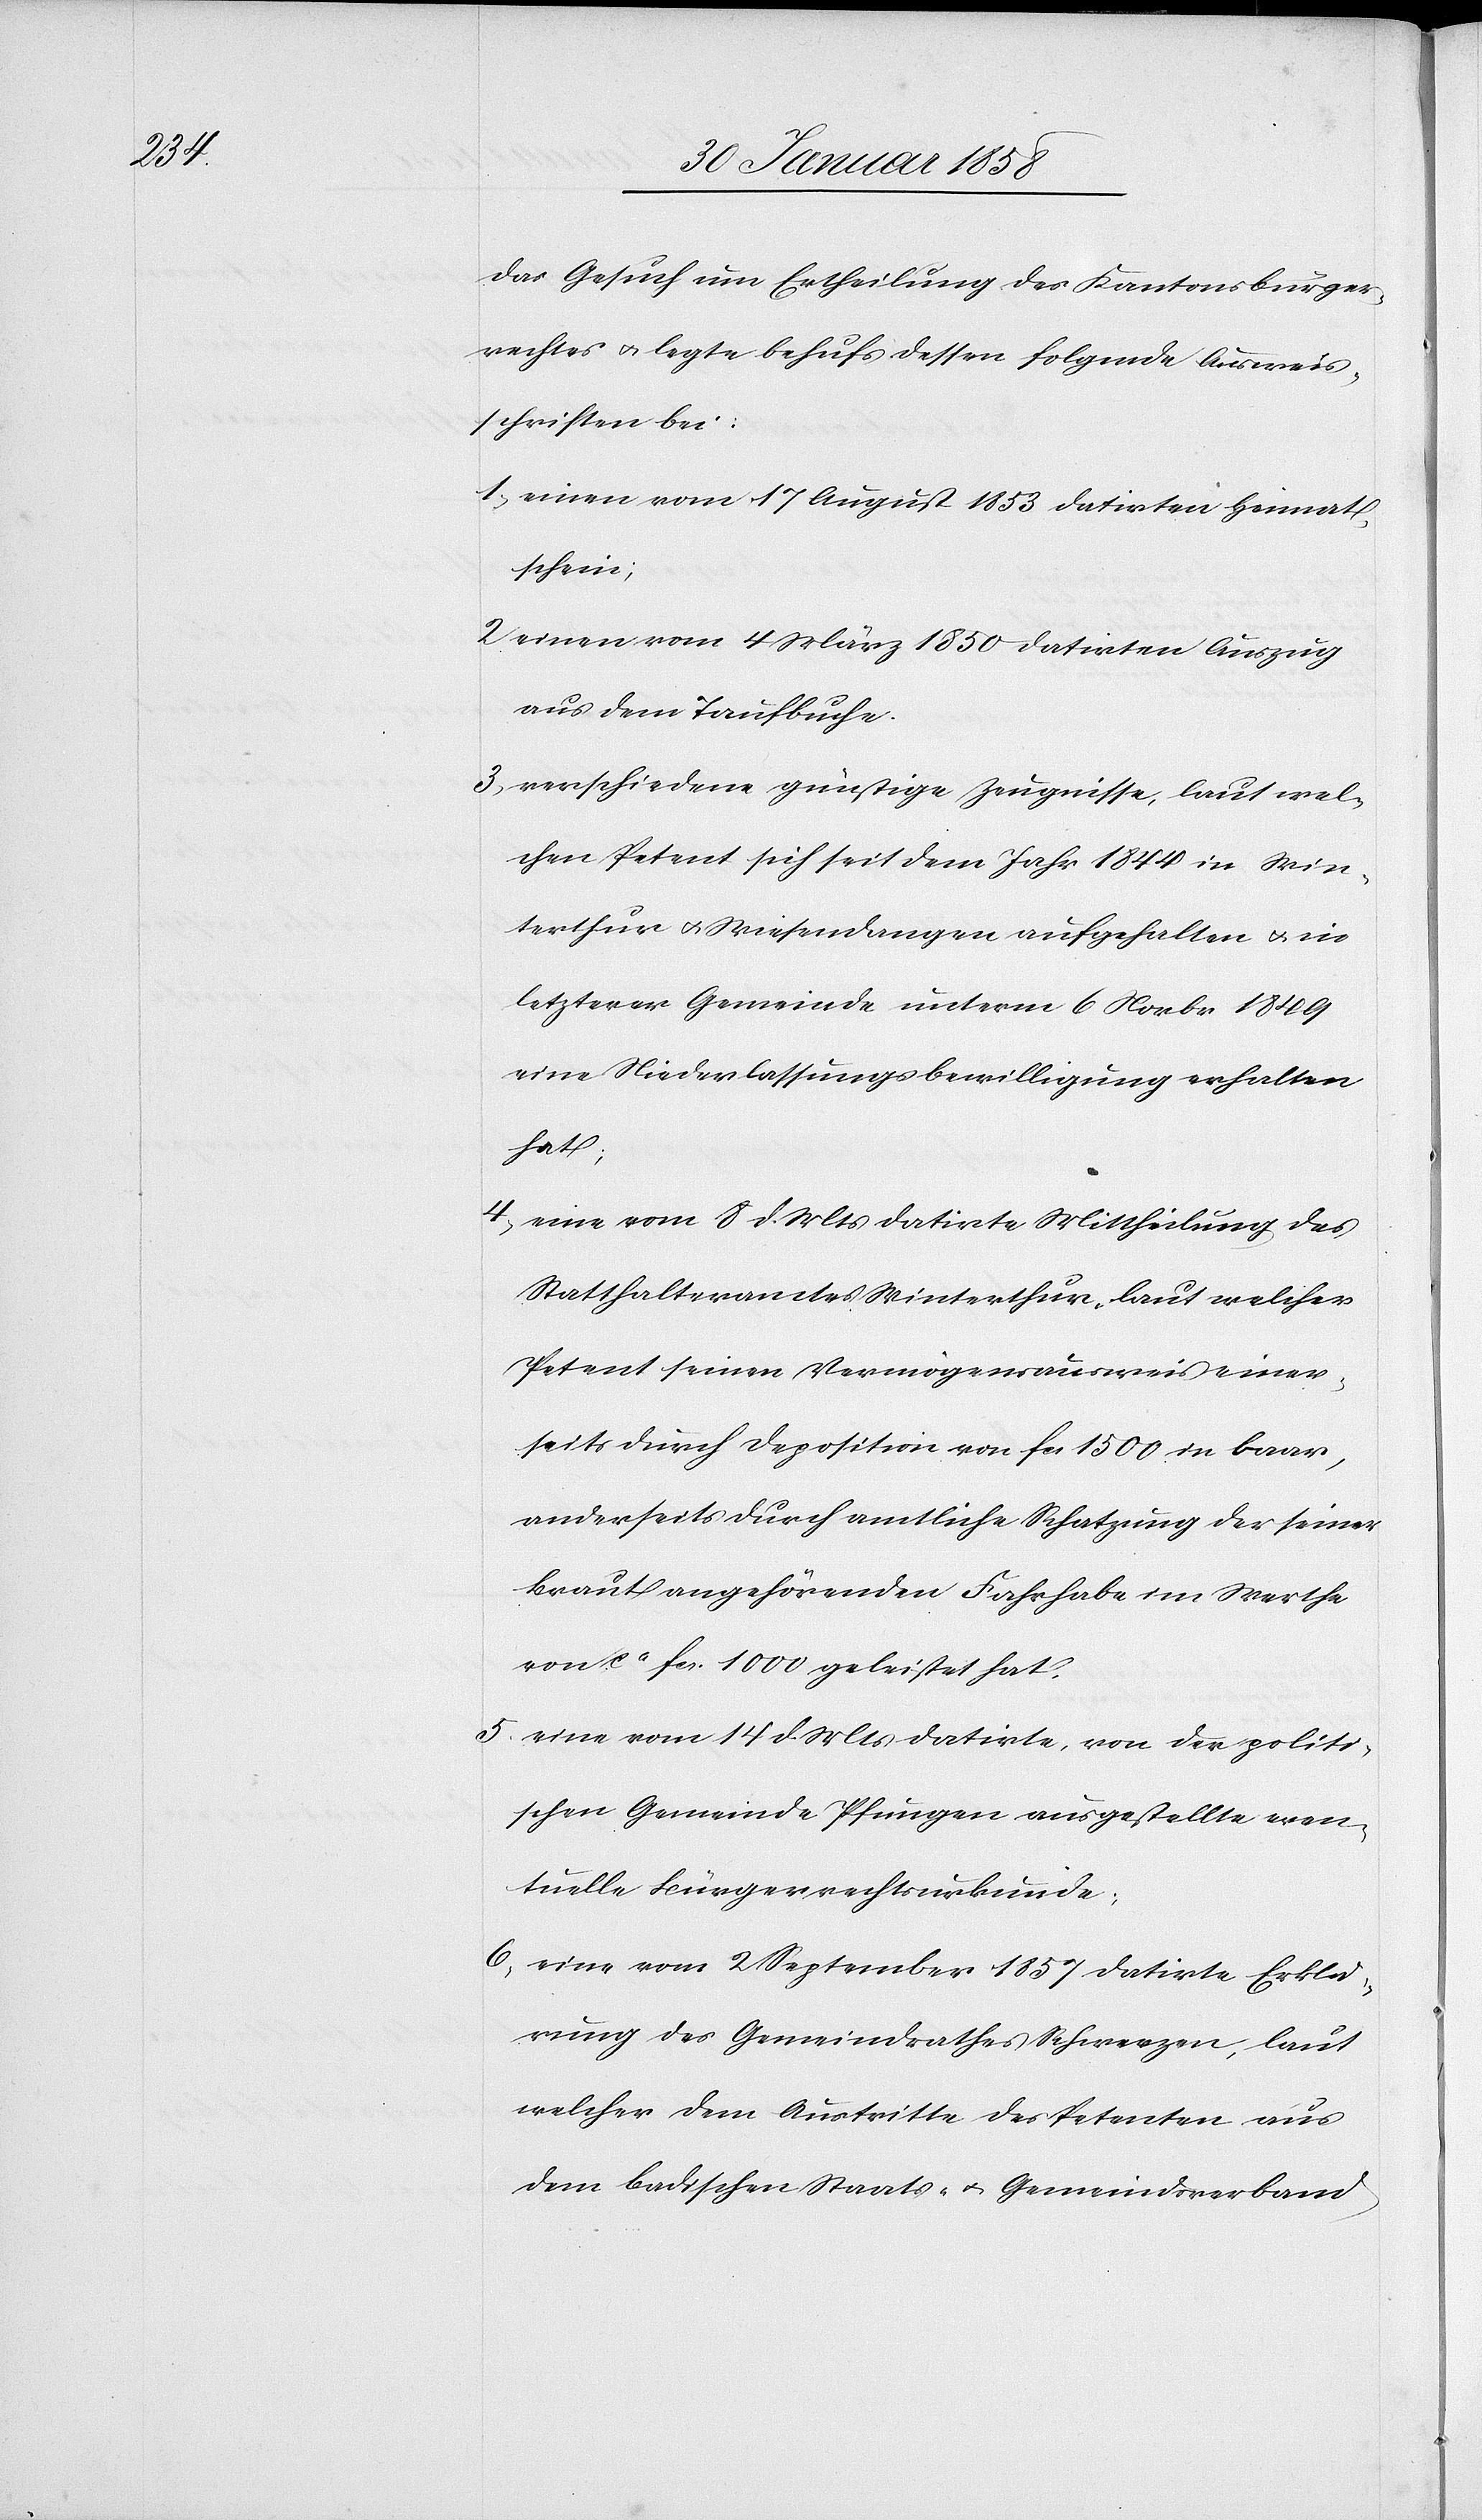
das Gesuch um Ertheilung des Kantonsbürger¬
rechts u. legte behufs dessen folgende Ausweis¬
schriften bei:
1. einen vom 17 August 1853 datirten Heimat¬
schein;
2 einen vom 4 März 1850 datirten Auszug
aus dem Taufbuche.
3. verschiedene günstige Zeugnisse, laut wel¬
chen Petent sich seit dem Jahr 1844 in Win¬
terthur u. Wiesendangen aufgehalten u. in
letzterer Gemeinde unterm 6 Novbr. 1849
eine Niederlassungsbewilligung erhalten
hat;
4. eine vom 8 d. Mts datirte Mittheilung des
Statthalteramtes Winterthur, laut welcher
Petent seinen Vermögensausweis einer¬
seits durch Deposition von fcs. 1500 in baar,
anderseits durch amtliche Rechnung der seiner
Braut angehörenden Fahrhabe im Werthe
von ca fcs. 1000 geleistet hat.
5. eine vom 14 d. Mts datirte, von der politi¬
schen Gemeinde Pfungen ausgestellte even¬
tuelle Bürgerrechtsurkunde;
6. eine vom 2. September 1857 datirte Erklä¬
rung des Gemeindrathes Schwerzen, laut
welcher dem Austritte des Petenten aus
dem badischen Staats- u. Gemeindsverband